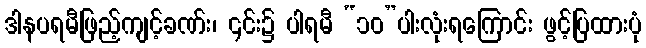
ဒါနပရမီဖြည့်ကျင့်ခဏ်း၊ ၎င်း၌ ပါရမီ “၁၀”ပါးလုံးရကြောင်း ဖွင့်ပြထားပုံ